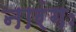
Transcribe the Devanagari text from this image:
नारंगः